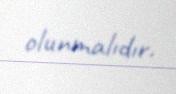
olunmalıdır.